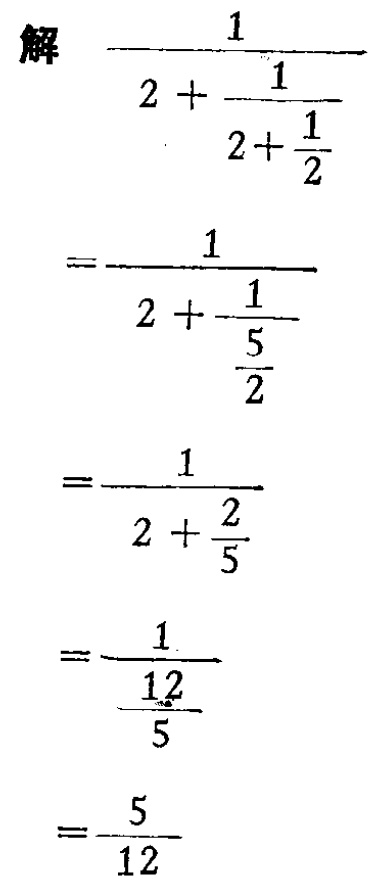
\begin{align*}
&\frac{1}{2 + \frac{1}{2+\frac{1}{2}}}\\
=&\frac{1}{2 + \frac{1}{\frac{5}{2}}}\\
=&\frac{1}{2 + \frac{2}{5}}\\
=&\frac{1}{\frac{12}{5}}\\
=&\frac{5}{12}
\end{align*}